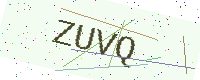
Text: ZUVQ